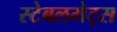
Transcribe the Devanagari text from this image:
स्टेबलमेट्स